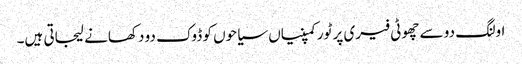
اولنگ دو سے چھوٹی فیری پر ٹور کمپنیاں سیاحوں کو ڈوک دو دکھانے لیجاتی ہیں۔